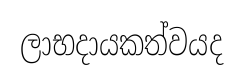
ලාභදායකත්වයද